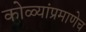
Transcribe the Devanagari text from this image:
कोळ्यांप्रमाणेच